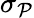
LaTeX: \sigma_{\mathcal{P}}